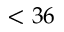
< 3 6